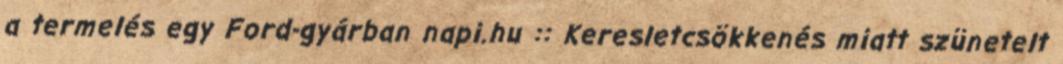
a termelés egy Ford-gyárban napi.hu :: Keresletcsökkenés miatt szünetelt